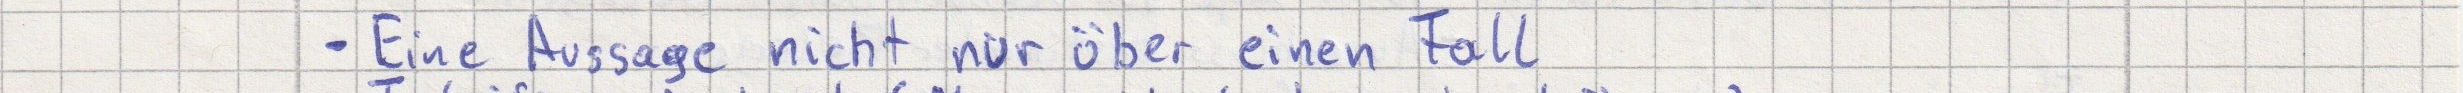
- Eine Aussage nicht nur über einen Fall